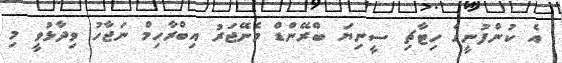
އެ ކުންފުނީގެ ހިޓާޗި ސީނިޔަ ބްރޭންޑް މެނޭޖަރު އިބްރާހިމް ނަޖާހު ވިދާޅުވީ މި